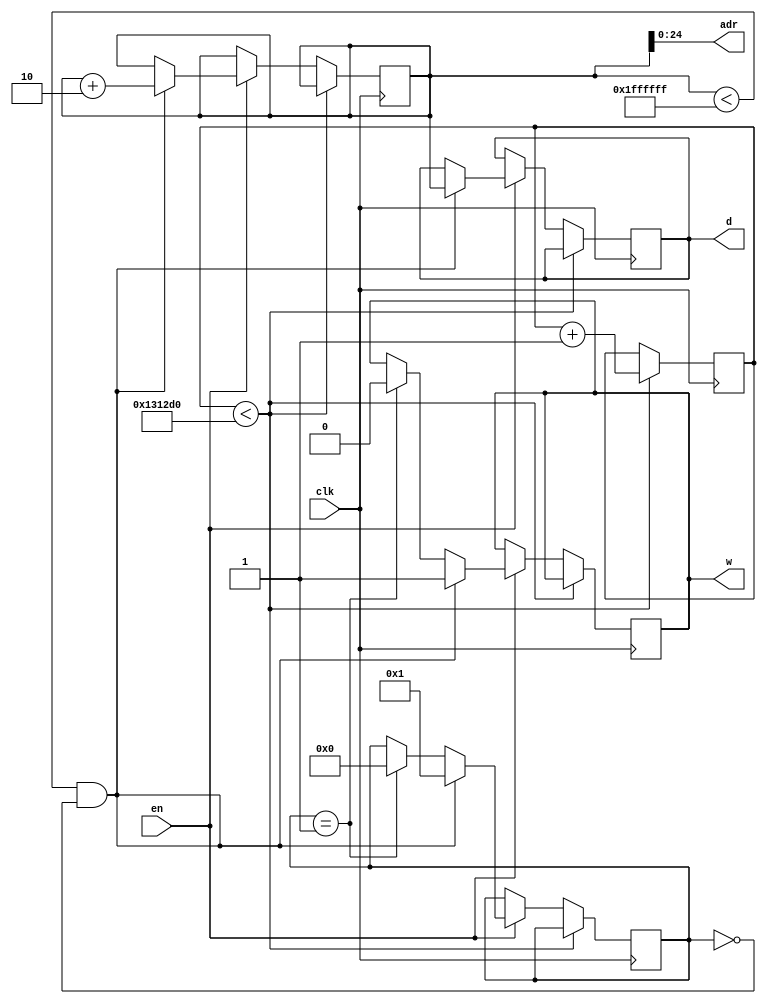
//-----------------------------------------------------------------------------
//
// Title       : tst_writer
// Design      : list
// Company     : Microsoft
//
//-----------------------------------------------------------------------------
//
// Generated   : Wed Apr 17 15:09:29 2019
// From        : interface description file
// By          : Itf2Vhdl ver. 1.22
//
//-----------------------------------------------------------------------------
//
// Description : 
//
//-----------------------------------------------------------------------------
`timescale 1 ns / 1 ps

//{{ Section below this comment is automatically maintained
//   and may be overwritten
//{module {tst_writer}}
module tst_writer ( en,clk ,d ,adr ,w );

output [31:0] d ;
wire   [31:0] d ;
output [24:0] adr ;
wire   [24:0] adr ;
output w ;
wire   w ; 

input en;

input clk ;
wire  clk ;

reg [31:0] timer_sch=0;
reg [31:0] adr_reg  =0;
reg [31:0] data_reg =0;
reg [ 7:0] step=0;	 
reg wr_reg=0;  

assign d   = data_reg;
assign adr = adr_reg[24:0];
assign w   = wr_reg;

always @(posedge clk)
	begin
		if (timer_sch<1250000) timer_sch<=timer_sch+1; 
		else 
			if (en)
			begin			
				if ((adr_reg<32'h1ffffff)&&(step==0)) 
					begin
						adr_reg <=adr_reg+2;
						data_reg<={7'b0000000,adr_reg};
				//		data_reg<=32'habcd1234;
						wr_reg<=1;
						step<=1;
					end	 else
					if (step==1)
						begin
						wr_reg<=0;
						step<=0;							
						end			
			end	
	end
	


endmodule